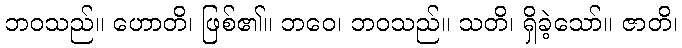
ဘဝသည်။ ဟောတိ၊ ဖြစ်၏။ ဘဝေ၊ ဘဝသည်။ သတိ၊ ရှိခဲ့သော်။ ဇာတိ၊